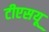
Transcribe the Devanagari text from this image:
टीएसयू